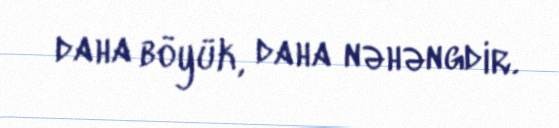
daha böyük, daha nəhəngdir.